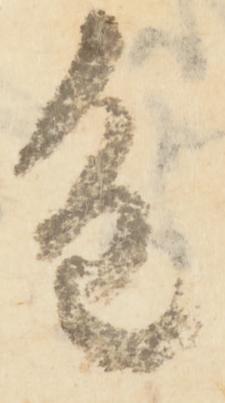
重